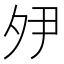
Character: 𭐵